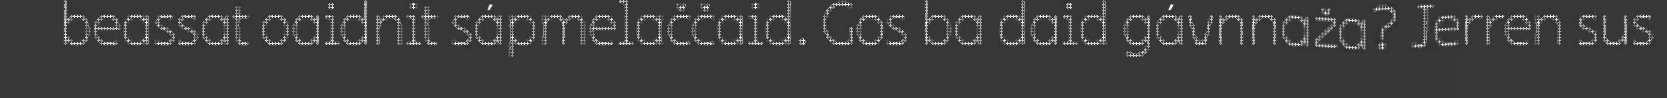
beassat oaidnit sápmelaččaid. Gos ba daid gávnnaža? Jerren sus